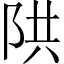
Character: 䧆